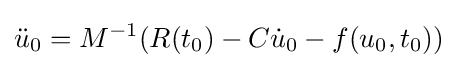
{\ddot {u}}_{0}=M^{-1}(R(t_{0})-C{\dot {u}}_{0}-f(u_{0},t_{0}))